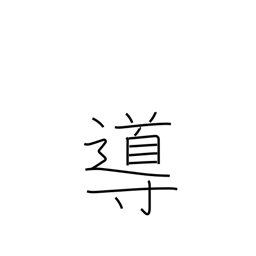
Meaning: guidance